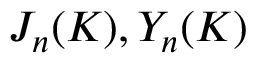
J _ { n } ( K ) , Y _ { n } ( K )